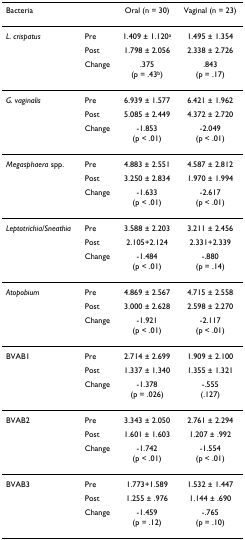
| Bacteria |  | Oral (n = 30) | Vaginal (n = 23) |
 | --- | --- | --- | --- |
 | L. crispatus | Pre | 1.409 ± 1.120a | 1.495 ± 1.354 |
 |  | Post | 1.798 ± 2.056 | 2.338 ± 2.726 |
 |  | Change | .375(p = .43b) | .843(p = .17) |
 | G. vaginalis | Pre | 6.939 ± 1.577 | 6.421 ± 1.962 |
 |  | Post | 5.085 ± 2.449 | 4.372 ± 2.720 |
 |  | Change | -1.853(p < .01) | -2.049(p < .01) |
 | Megasphaera spp. | Pre | 4.883 ± 2.551 | 4.587 ± 2.812 |
 |  | Post | 3.250 ± 2.834 | 1.970 ± 1.994 |
 |  | Change | -1.633(p < .01) | -2.617(p < .01) |
 | Leptotrichia/Sneathia | Pre | 3.588 ± 2.203 | 3.211 ± 2.456 |
 |  | Post | 2.105+2.124 | 2.331+2.339 |
 |  | Change | -1.484(p < .01) | -.880(p = .14) |
 | Atopobium | Pre | 4.869 ± 2.567 | 4.715 ± 2.558 |
 |  | Post | 3.000 ± 2.628 | 2.598 ± 2.270 |
 |  | Change | -1.921(p < .01) | -2.117(p < .01) |
 | BVAB1 | Pre | 2.714 ± 2.699 | 1.909 ± 2.100 |
 |  | Post | 1.337 ± 1.340 | 1.355 ± 1.321 |
 |  | Change | -1.378(p = .026) | -.555(.127) |
 | BVAB2 | Pre | 3.343 ± 2.050 | 2.761 ± 2.294 |
 |  | Post | 1.601 ± 1.603 | 1.207 ± .992 |
 |  | Change | -1.742(p < .01) | -1.554(p < .01) |
 | BVAB3 | Pre | 1.773+1.589 | 1.532 ± 1.447 |
 |  | Post | 1.255 ± .976 | 1.144 ± .690 |
 |  | Change | -1.459(p = .12) | -.765(p = .10) |